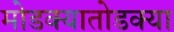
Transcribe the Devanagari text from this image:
मोडक्यातोडक्या